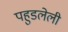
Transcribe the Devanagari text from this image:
पहुडलेली